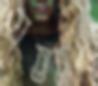
যততত্র